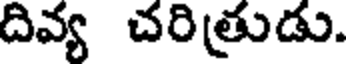
దివ్య చరిత్రుడు.